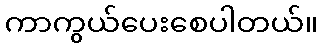
ကာကွယ်ပေးစေပါတယ်။